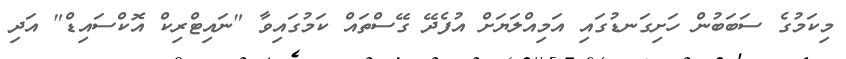
މިކަމުގެ ސަބަބުން ހަށިގަނޑުގައި އަމިއްލަޔަށް އުފެދޭ ގޭސްތައް ކަމުގައިވާ "ނައިޓްރިކް އޮކްސައިޑް" އަދި